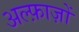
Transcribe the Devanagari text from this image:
अल्फ़ाज़ों